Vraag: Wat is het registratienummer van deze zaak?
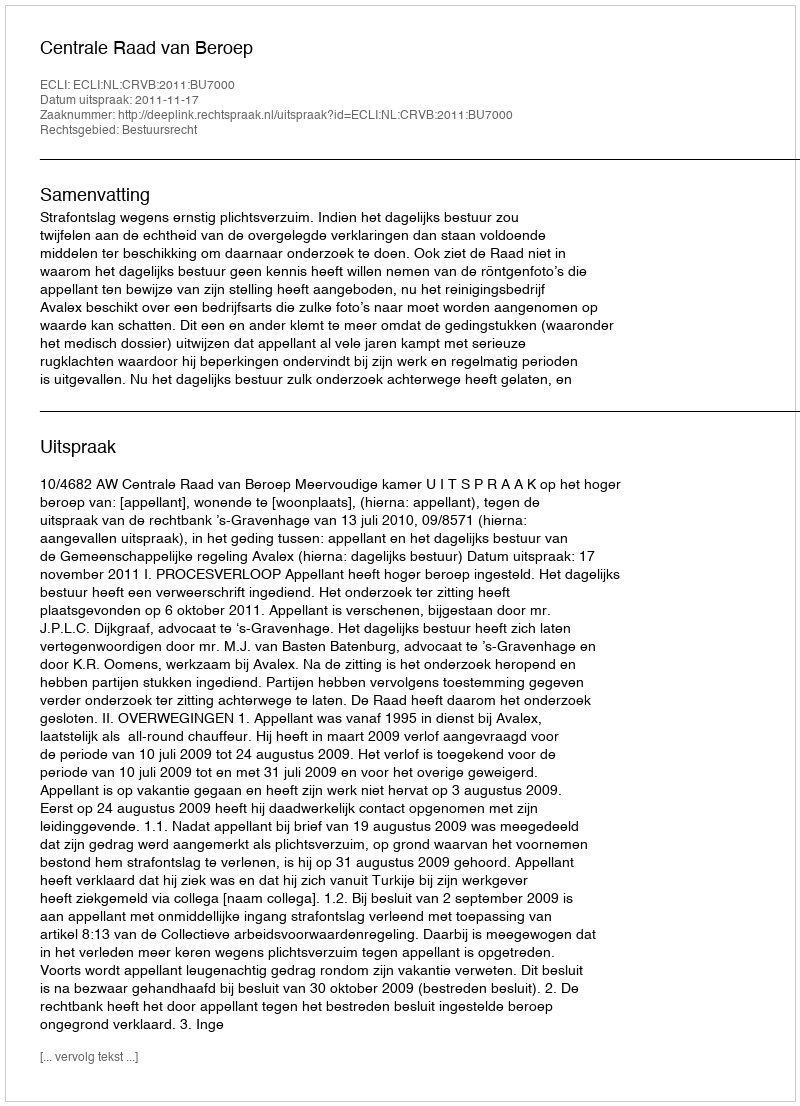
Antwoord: http://deeplink.rechtspraak.nl/uitspraak?id=ECLI:NL:CRVB:2011:BU7000